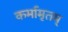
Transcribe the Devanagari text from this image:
कर्मामृतम्